Insane asylums in Bengal annual reports 1867-1875 - 1867-1875
Year: 1867
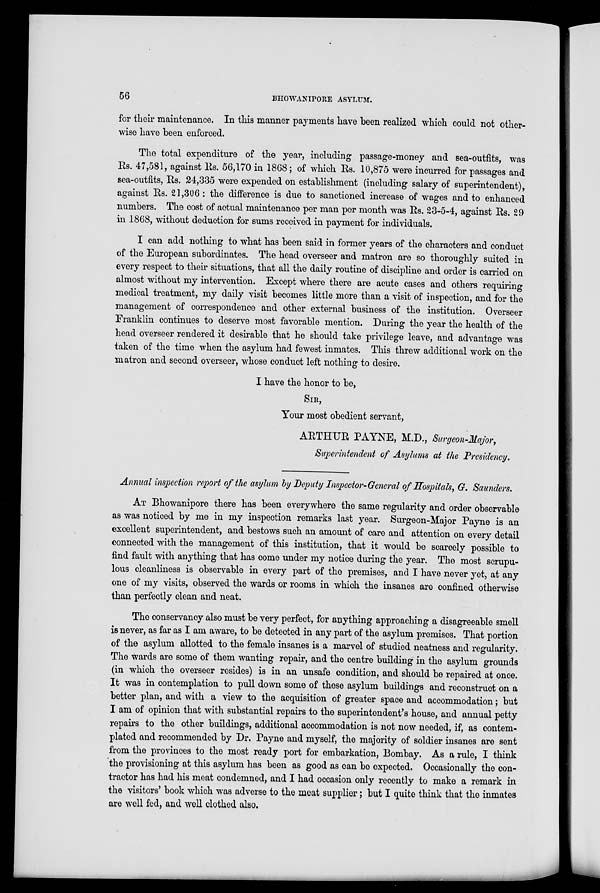
56
BHOWANIPORE ASYLUM.
for their maintenance. In this manner payments have been realized which could not other-
wise have been enforced.
The total expenditure of the year, including passage-money and sea-outfits, was
Rs. 47,581, against Rs. 56,170 in 1868; of which Rs. 10,875 were incurred for passages and
sea-outfits, Rs. 24,335 were expended on establishment (including salary of superintendent),
against Rs. 21,306: the difference is due to sanctioned increase of wages and to enhanced
numbers. The cost of actual maintenance per man per month was Rs. 23-5-4, against Rs. 29
in 1868, without deduction for sums received in payment for individuals.
I can add nothing to what has been said in former years of the characters and conduct
of the European subordinates. The head overseer and matron are so thoroughly suited in
every respect to their situations, that all the daily routine of discipline and order is carried on
almost without my intervention. Except where there are acute cases and others requiring
medical treatment, my daily visit becomes little more than a visit of inspection, and for the
management of correspondence and other external business of the institution. Overseer
Franklin continues to deserve most favorable mention. During the year the health of the
head overseer rendered it desirable that he should take privilege leave, and advantage was
taken of the time when the asylum had fewest inmates. This threw additional work on the
matron and second overseer, whose conduct left nothing to desire.
I have the honor to be,
SIR,
Your most obedient servant,
ARTHUR PAYNE, M.D., Surgeon-Major,
Superintendent of Asylums at the Presidency,
Annual inspection report of the asylum by Deputy Inspector-General of Hospitals, G. Saunders.
AT Bhowanipore there has been everywhere the same regularity and order observable
as was noticed by me in my inspection remarks last year. Surgeon-Major Payne is an
excellent superintendent, and bestows such an amount of care and attention on every detail
connected with the management of this institution, that it would be scarcely possible to
find fault with anything that has come under my notice during the year. The most scrupu-
lous cleanliness is observable in every part of the premises, and I have never yet, at any
one of my visits, observed the wards or rooms in which the insanes are confined otherwise
than perfectly clean and neat.
The conservancy also must be very perfect, for anything approaching a disagreeable smell
is never, as far as I am aware, to be detected in any part of the asylum premises. That portion
of the asylum allotted to the female insanes is a marvel of studied neatness and regularity.
The wards are some of them wanting repair, and the centre building in the asylum grounds
(in which the overseer resides) is in an unsafe condition, and should be repaired at once.
It was in contemplation to pull down some of these asylum buildings and reconstruct on a
better plan, and with a view to the acquisition of greater space and accommodation; but
I am of opinion that with substantial repairs to the superintendent's house, and annual petty
repairs to the other buildings, additional accommodation is not now needed, if, as contem-
plated and recommended by Dr. Payne and myself, the majority of soldier insanes are sent
from the provinces to the most ready port for embarkation, Bombay. As a rule, I think
the provisioning at this asylum has been as good as can be expected. Occasionally the con-
tractor has had his meat condemned, and I had occasion only recently to make a remark in
the visitors' book which was adverse to the meat supplier; but I quite think that the inmates
are well fed, and well clothed also.